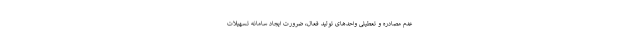
عدم مصادره و تعطیلی واحدهای تولید فعال، ضرورت ایجاد سامانه تسهیلات